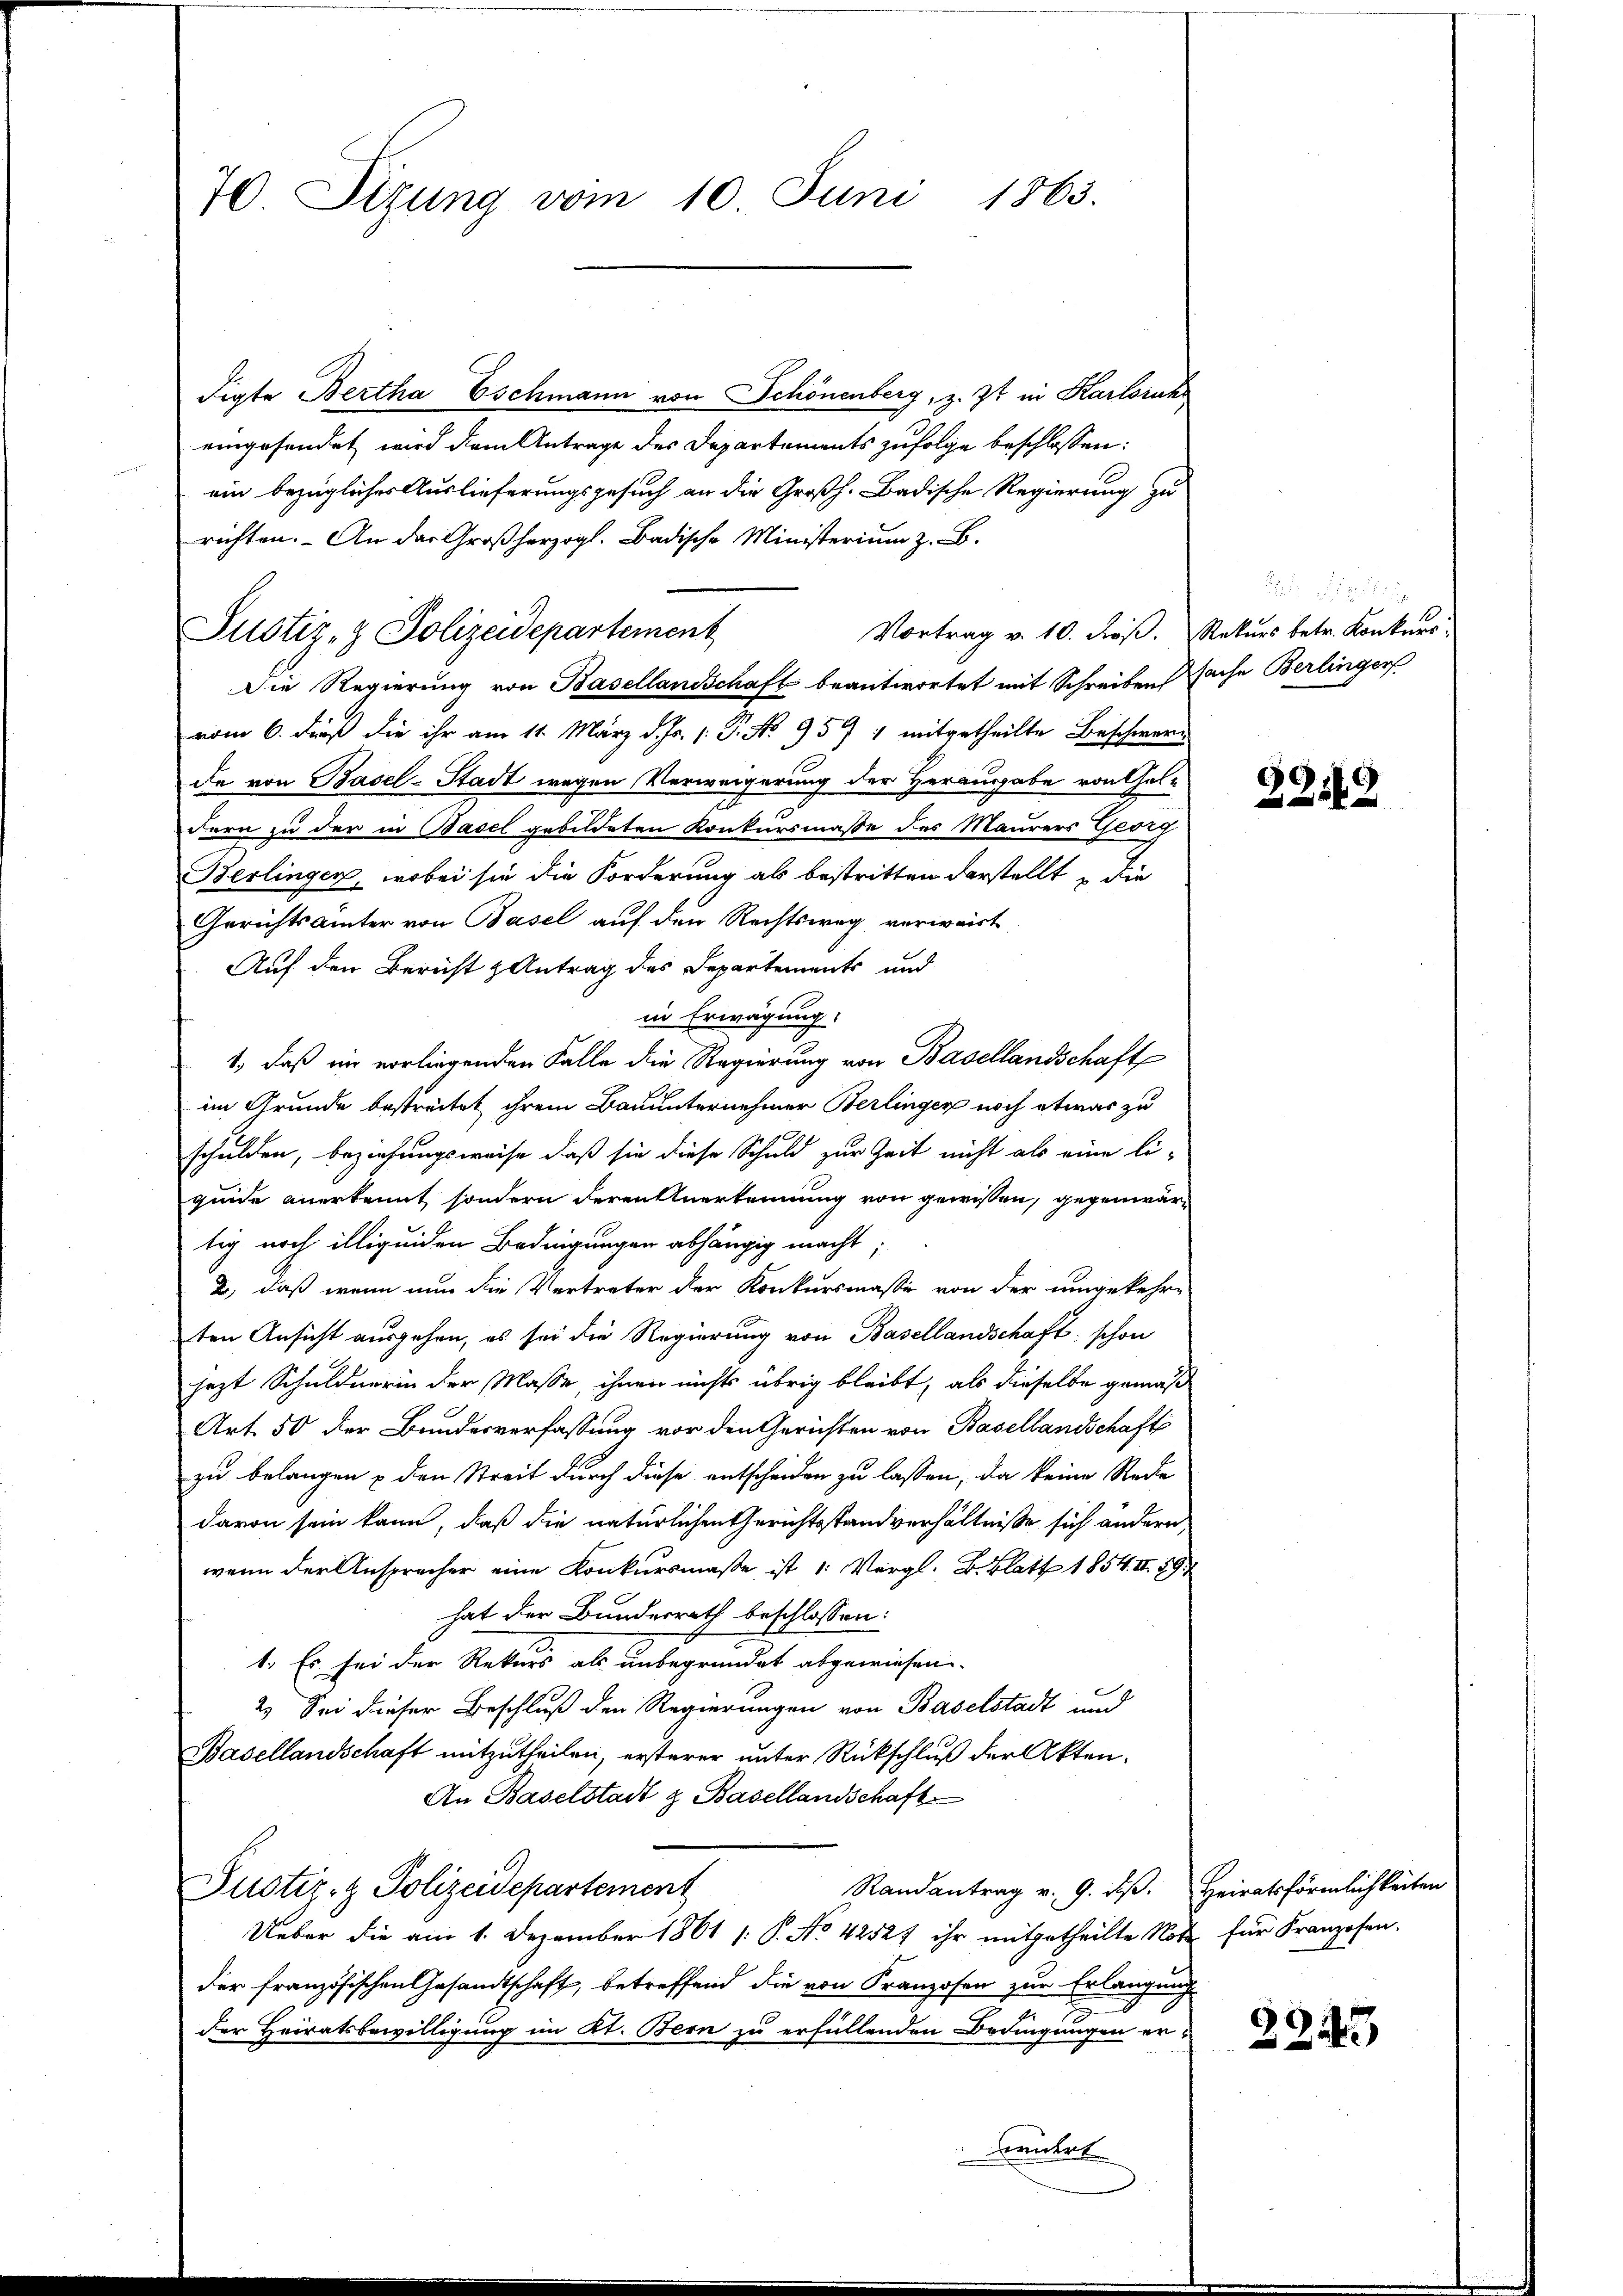
70. Sizung vom 10. Juni 1863.

digte Bertha Eschmann von Schönenberg, z. Zt. in Karlsruh
eingesendet wird dem Antrage des Departements zufolge beschlossen:
ein bezügliches Auslieferungsgesuch an die Großh. Badische Regierung zu
richten. An der Großherzogl. Badische Ministerium z. B.
Vortrag v. 10. dieß. Rekurs betr. Konkurs
Die Regierung von Basellandschaft beantwortet mit Schreiben Sache Berlinger
vom 6. dieß die ihr am 11. März d. Js. /: J. No 959 1 mitgetheilte Beschwerde von Basel-Stadt wegen Verweigerung der Herausgabe von Geldern zu der in Basel gebildeten Konkursmasse des Maurers Georg
Berlingen, wobei sie die Forderung ab bestritten darstellt, die
Gerichtsämter von Basel auf den Rechtsweg verweist
Auf den Bericht & Antrag des Departements und
in Erwägung.
1., daß im vorliegenden Falle die Regierung von Basellandschaft
im Grunde bestreitet ihrem Bauunternehmer Berlinger noch etwas zu
schulden, beziehungsweise, daß sie diese Schuld zur Zeit nicht als eine li-
guide anerkennt sondern deren Anerkennung von gewissen, gegenwärtig noch illigenden Bedingungen abhängig macht;
2, daß wenn nun die Vertreter der Konkursmasse von der umgekehr-
ten Ansicht ausgehen, es sei die Regierung von Basellandschaft schon
jezt Schuldnerin der Masse, ihnen nichts übrig bleibt, als dieselbe gemäß
Art. 50 der Bundesverfassung vor den Gerichten von Basellandschafts
zu belangen & den Streit durch diese entscheiden zu lassen, da keine Rede
davon sein kann, daß die natürlichen Gerichtsstand verhältniße sich andern
wenn der Ansprecher eine Konkursmaße ist 1. Vergl. B. Blatt 1854. III 59.
hat der Bundesrath beschlossen:
1. Es sei der Rekurs als unbegründet abgewiesen.
2.) Sei dieser Beschluß den Regierungen von Baselstadt und
Basellandschaft mitzutheilen, ersterer unter Rückschluß der Akten.
An Baselstadt z. Basellandschaft
Justiz- & Polizeidepartement
Randantrag v. 9. ds. Heiratsförmlichkeiten
Ueber die am 1. Dezember 1861 /: P. No 4252f ihr mitgetheilte Not für Franzosen.
der französischen Gesandtschaft, betreffend die von Franzosen zur Erlangung
der Heiratsbewilligung im Kt. Bern zu erfüllenden Bedingungen erwridert

Justiz- & Polizeidepartement

2212

2243